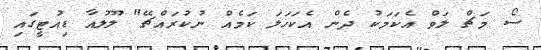
ސޯ މަޗް ލަވް އެކަމަކު ދެން އެކަހަލަ ކަމެއް ނުކުރައްޗޭ" ލޫލުއާ ޑިއުޓީގައި